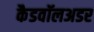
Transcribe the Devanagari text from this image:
कैडवॉलअडर